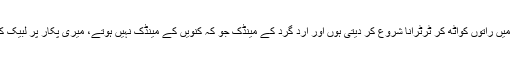
جب موافق موسم شروع ہوتا ہے تو میں راتوں کواٹھ کر ٹرٹرانا شروع کر دیتی ہوں اور ارد گرد کے مینڈک جو کہ کنویں کے مینڈک نہیں ہوتے، میری پکار پر لبیک کہتے ہوئے میری طرف لپکتے ہیں۔